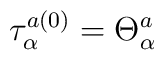
\tau_\alpha^{a(0)} = \Theta_\alpha^a \nonumber